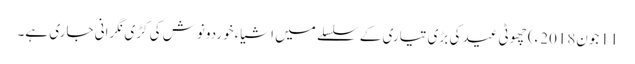
11 جون2018ء) چھوٹی عید کی بڑی تیاری کے سلسلے میں اشیاء خوردونوش کی کڑی نگرانی جاری ہے۔